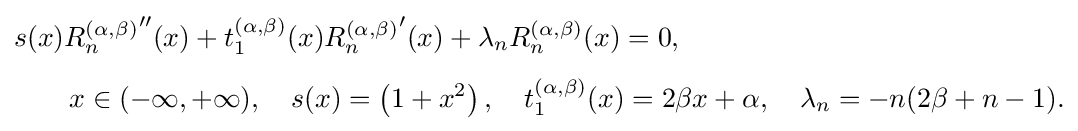
{\begin{aligned}&s(x){R_{n}^{(\alpha ,\beta )}}''(x)+t_{1}^{(\alpha ,\beta )}(x){R_{n}^{(\alpha ,\beta )}}'(x)+\lambda _{n}R_{n}^{(\alpha ,\beta )}(x)=0,\\[4pt]&\qquad x\in (-\infty ,+\infty ),\quad s(x)=\left(1+x^{2}\right),\quad t_{1}^{(\alpha ,\beta )}(x)=2\beta x+\alpha ,\quad \lambda _{n}=-n(2\beta +n-1).\end{aligned}}